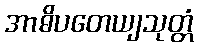
အာဓိပတေယျသုတ္တံ